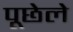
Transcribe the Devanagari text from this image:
पूछेले